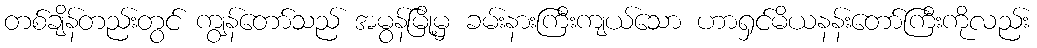
တစ်ချိန်တည်းတွင် ကျွန်တော်သည် အမွန်မြို့မှ ခမ်းနားကြီးကျယ်သော ဟာရှင်မိယနန်းတော်ကြီးကိုလည်း